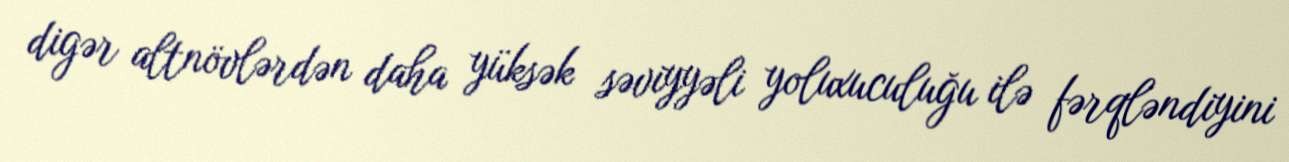
digər altnövlərdən daha yüksək səviyyəli yoluxuculuğu ilə fərqləndiyini